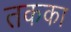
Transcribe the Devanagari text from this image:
तकका